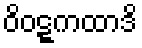
ဝိဝဋ္ဋကထာဒိ